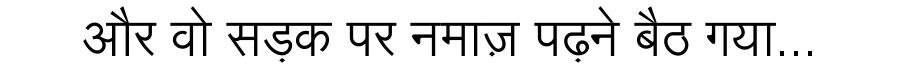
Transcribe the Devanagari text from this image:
और वो सड़क पर नमाज़ पढ़ने बैठ गया...